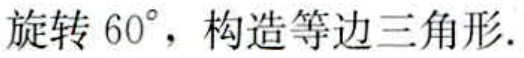
旋转 \(60^{\circ}\)，构造等边三角形.